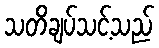
သတိချပ်သင့်သည်